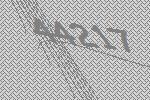
44217